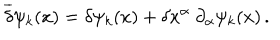
LaTeX: \overline { { { \delta } } } \psi _ { k } ( x ) = \delta \psi _ { k } ( x ) + \delta x ^ { \alpha } \ \partial _ { \alpha } \psi _ { k } ( x ) \, .